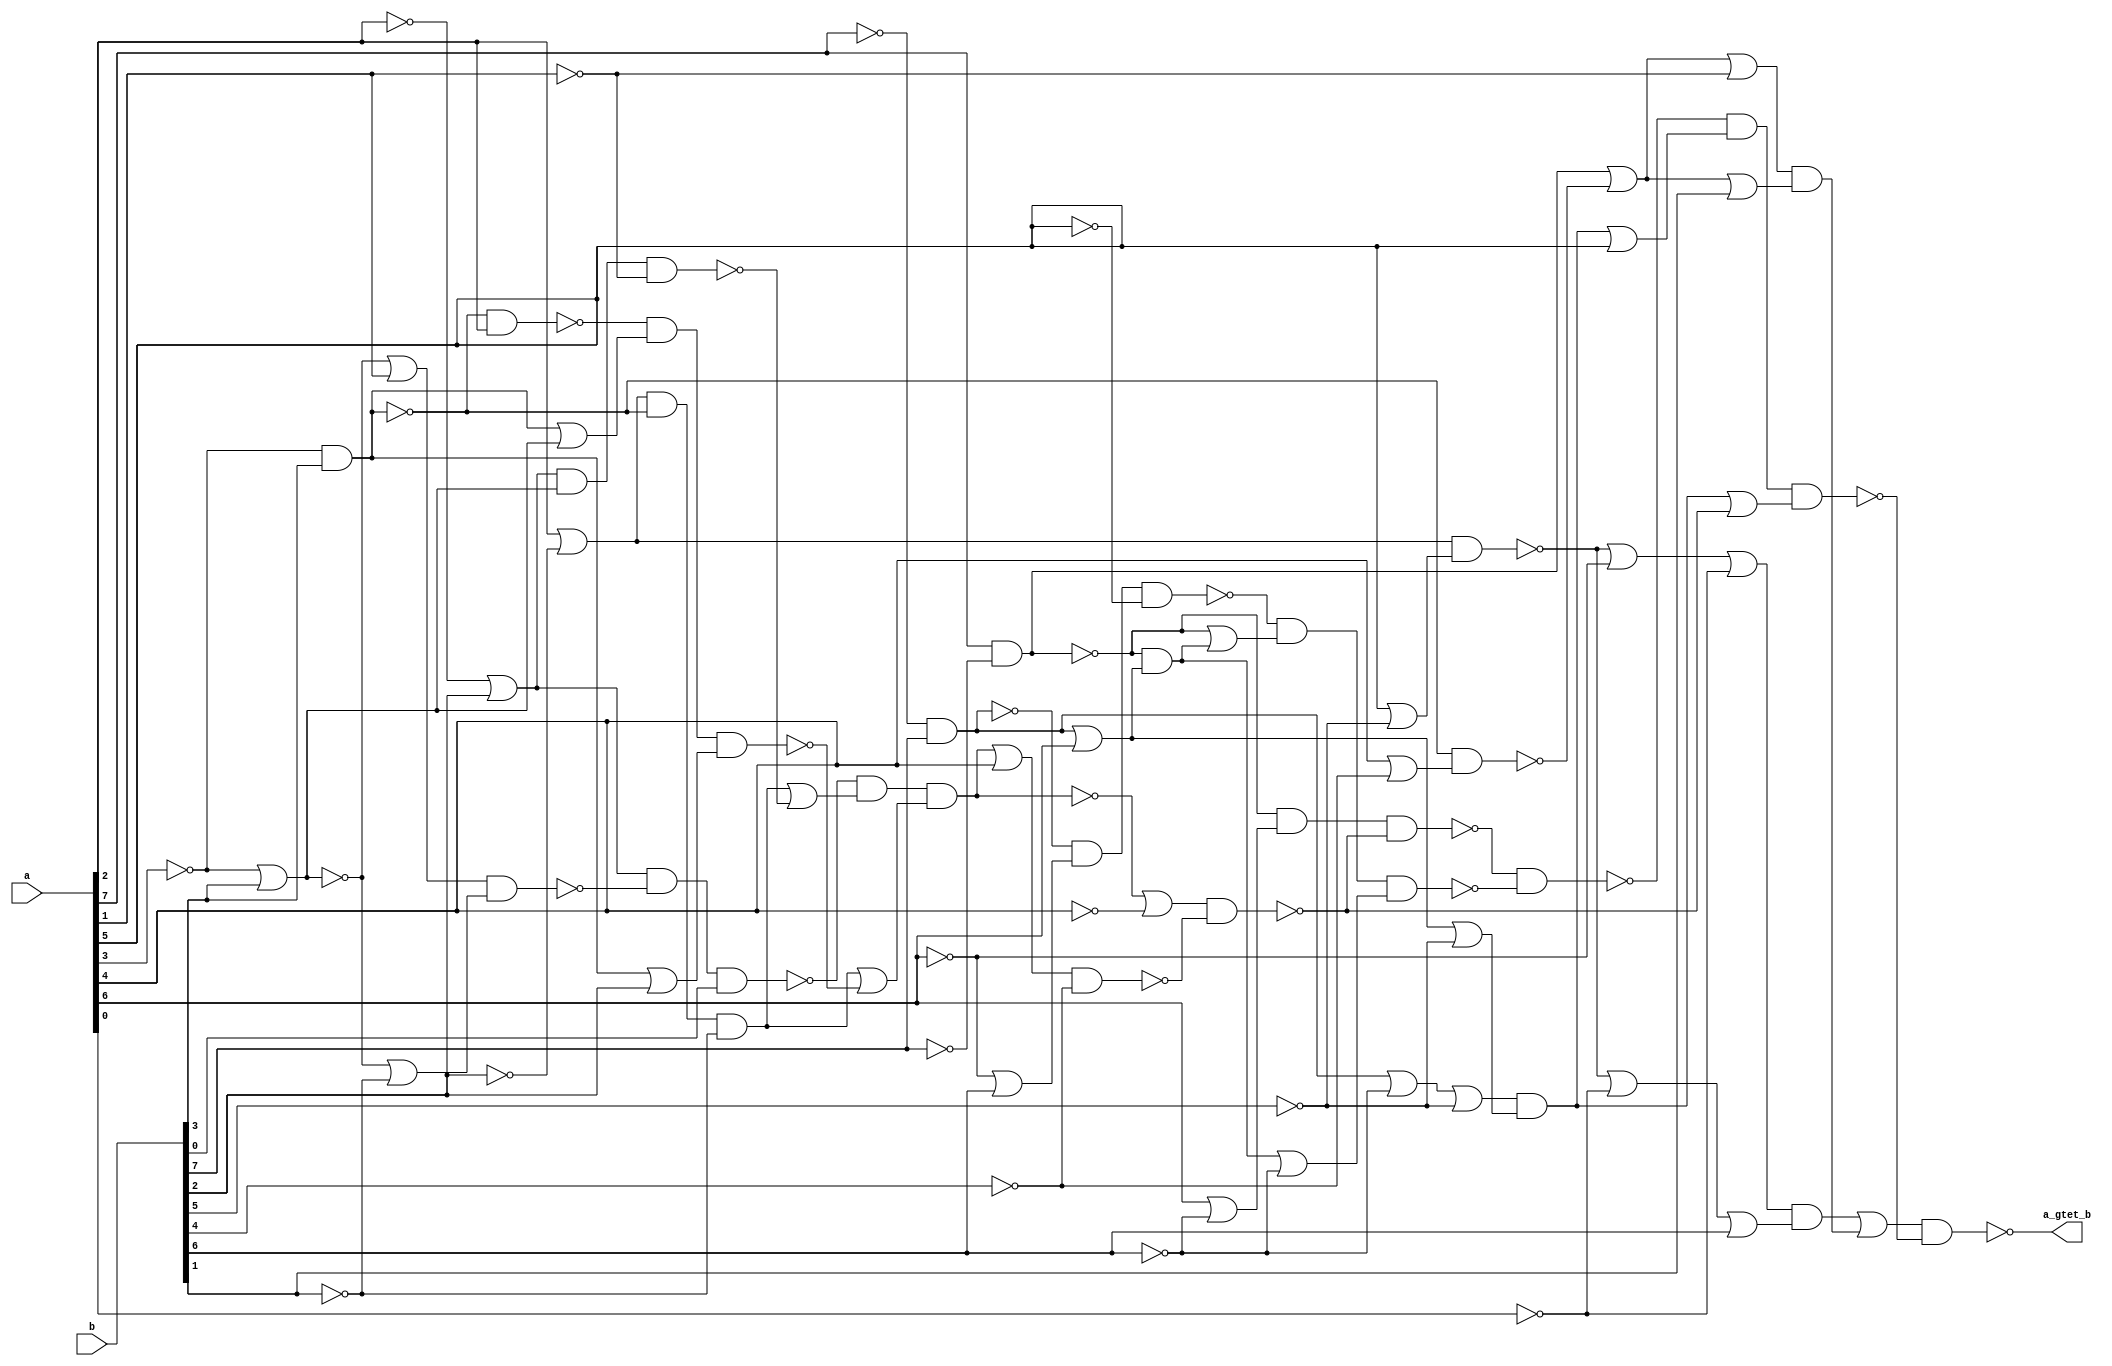

// Generated by Cadence Encounter(R) RTL Compiler RC11.10 - v11.10-p005_1

// Verification Directory fv/top 

module top(a, b, a_gtet_b);
  input [7:0] a, b;
  output a_gtet_b;
  wire [7:0] a, b;
  wire a_gtet_b;
  wire n_8, n_13, n_43, n_52, n_59, n_64, n_67, n_149;
  wire n_156, n_158, n_171, n_403, n_407, n_410, n_415, n_425;
  wire n_432, n_442, n_443, n_444, n_445, n_446, n_447, n_448;
  wire n_449, n_450, n_451, n_452, n_453, n_454, n_455, n_456;
  wire n_457, n_458, n_459, n_460, n_461, n_462, n_463, n_464;
  wire n_465, n_466, n_467, n_468, n_469, n_470, n_471, n_472;
  wire n_473, n_474, n_475, n_476, n_477, n_478, n_479, n_480;
  wire n_481, n_482, n_483, n_484, n_485, n_486, n_487, n_488;
  wire n_489, n_490, n_491, n_492, n_493, n_494, n_495, n_496;
  wire n_497, n_498, n_499, n_500, n_501, n_502, n_503, n_504;
  wire n_505, n_506, n_507, n_508, n_509, n_510, n_511, n_512;
  wire n_513, n_514, n_515, n_516, n_517, n_518, n_519, n_520;
  wire n_521, n_522, n_523, n_524;
  nand g47 (n_52, n_8, a[2]);
  nand g58 (n_149, n_485, n_496);
  nor g133 (n_158, n_43, a[1]);
  not g468 (n_442, a[2]);
  not g469 (n_443, a[1]);
  not g470 (n_444, b[2]);
  not g471 (n_445, b[5]);
  not g472 (n_446, a[5]);
  not g473 (n_447, b[7]);
  not g474 (n_448, a[7]);
  not g475 (n_449, a[3]);
  not g476 (n_450, b[4]);
  not g477 (n_451, a[4]);
  not g478 (n_452, b[6]);
  not g479 (n_453, a[6]);
  not g480 (n_454, b[1]);
  not g481 (n_455, a[0]);
  nand g482 (n_8, n_449, b[3]);
  not g483 (n_456, n_8);
  nand g484 (n_13, a[7], n_447);
  not g485 (n_457, n_13);
  nor g486 (n_458, a[6], n_452);
  not g487 (n_459, n_458);
  nor g488 (n_407, n_442, b[2]);
  not g489 (n_460, n_407);
  nor g490 (n_43, n_449, b[3]);
  not g491 (n_461, n_43);
  not g492 (n_462, n_158);
  nor g493 (n_463, n_43, n_454);
  not g494 (n_464, n_463);
  nand g495 (n_465, n_462, n_464);
  nand g496 (n_466, n_460, n_465, b[0]);
  nor g497 (n_403, a[2], n_444);
  not g498 (n_467, n_403);
  nand g499 (n_410, n_467, n_8, n_454);
  not g500 (n_468, n_410);
  nand g501 (n_469, n_460, n_461, n_443);
  nor g502 (n_470, n_468, n_469);
  not g503 (n_471, n_470);
  nor g504 (n_472, n_456, n_461);
  not g505 (n_473, n_472);
  nor g506 (n_474, n_456, b[2]);
  not g507 (n_475, n_474);
  nand g508 (n_476, n_52, n_473, n_475);
  nor g509 (n_477, n_468, n_476);
  not g510 (n_478, n_477);
  nand g511 (n_59, n_466, n_471, n_478);
  not g512 (n_479, n_59);
  nor g513 (n_480, n_59, n_451);
  not g514 (n_481, n_480);
  nor g515 (n_482, n_479, a[4]);
  not g516 (n_483, n_482);
  nand g517 (n_484, n_483, n_450);
  nand g518 (n_64, n_481, n_484);
  nand g519 (n_485, n_13, n_459, n_64);
  nand g520 (n_67, n_448, b[7]);
  not g521 (n_486, n_67);
  nor g522 (n_487, n_453, b[6]);
  not g523 (n_488, n_487);
  nand g524 (n_489, n_67, n_488, n_446);
  nor g525 (n_415, n_486, a[6]);
  not g526 (n_490, n_415);
  nand g527 (n_425, n_13, n_490);
  not g528 (n_491, n_425);
  nor g529 (n_492, n_13, n_491);
  not g530 (n_493, n_492);
  nor g531 (n_494, n_491, n_452);
  not g532 (n_495, n_494);
  nand g533 (n_496, n_489, n_493, n_495);
  nor g534 (n_497, a[5], n_445);
  not g535 (n_498, n_497);
  nand g536 (n_156, n_467, n_498);
  nor g537 (n_499, n_156, n_453, n_455);
  not g538 (n_500, n_499);
  nor g539 (n_501, n_156, n_455, b[6]);
  not g540 (n_502, n_501);
  nand g541 (n_503, n_500, n_502);
  not g542 (n_504, n_503);
  nor g543 (n_505, a[4], n_450);
  not g544 (n_506, n_505);
  nand g545 (n_171, n_8, n_506);
  nor g546 (n_507, n_457, n_171, n_443);
  not g547 (n_508, n_507);
  nor g548 (n_509, n_457, n_171, b[1]);
  not g549 (n_510, n_509);
  nand g550 (n_511, n_508, n_510);
  not g551 (n_512, n_511);
  nor g552 (n_513, n_504, n_512);
  not g553 (n_514, n_513);
  nor g554 (n_515, n_486, n_452, n_445);
  not g555 (n_516, n_515);
  nor g556 (n_517, n_490, n_445);
  not g557 (n_518, n_517);
  nand g558 (n_432, n_516, n_518);
  not g559 (n_519, n_432);
  nor g560 (n_520, n_519, a[5]);
  not g561 (n_521, n_520);
  nor g562 (n_522, n_519, n_64);
  not g563 (n_523, n_522);
  nand g564 (n_524, n_149, n_521, n_523);
  nand g565 (a_gtet_b, n_514, n_524);
endmodule